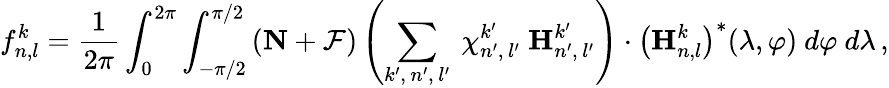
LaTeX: f_{n,l}^{k}=\frac{1}{2\pi}\int_{0}^{2\pi}\int_{-\pi/2}^{\pi/2}\left(\textbf{N}+\mathcal{F}\right)\left(\sum_{k^{\prime},\, n^{\prime},\, l^{\prime}}\ \chi_{n^{\prime},\, l^{\prime}}^{k^{\prime}}\ \textbf{H}_{n^{\prime},\, l^{\prime}}^{k^{\prime}}\right)\cdot\left(\textbf{H}_{n,l}^{k}\right)^{*}(\lambda,\varphi)\ d\varphi\ d\lambda\, ,